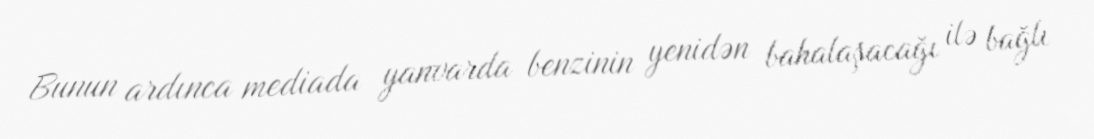
Bunun ardınca mediada yanvarda benzinin yenidən bahalaşacağı ilə bağlı